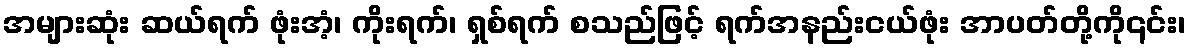
အများဆုံး ဆယ်ရက် ဖုံးအံ့၊ ကိုးရက်၊ ရှစ်ရက် စသည်ဖြင့် ရက်အနည်းငယ်ဖုံး အာပတ်တို့ကို၎င်း၊